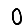
Digit: 0